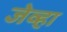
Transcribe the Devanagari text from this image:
जेव्‍हा